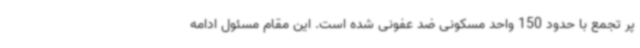
پر تجمع با حدود 150 واحد مسکونی ضد عفونی شده است. این مقام مسئول ادامه